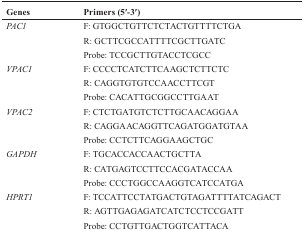
| Genes | Primers (5′-3′) |
 | --- | --- |
 | PAC1 | F: GTGGCTGTTCTCTACTGTTTTCTGA |
 |  | R: GCTTCGCCATTTTCGCTTGATC |
 |  | Probe: TCCGCTTGTACCTCGCC |
 | VPAC1 | F: CCCCTCATCTTCAAGCTCTTCTC |
 |  | R: CAGGTGTGTCCAACCTTCGT |
 |  | Probe: CACATTGCGGCCTTGAAT |
 | VPAC2 | F: CTCTGATGTCTCTTGCAACAGGAA |
 |  | R: CAGGAACAGGTTCAGATGGATGTAA |
 |  | Probe: CCTCTTCAGGAAGCTGC |
 | GAPDH | F: TGCACCACCAACTGCTTA |
 |  | R: CATGAGTCCTTCCACGATACCAA |
 |  | Probe: CCCTGGCCAAGGTCATCCATGA |
 | HPRT1 | F: TCCATTCCTATGACTGTAGATTTTATCAGACT |
 |  | R: AGTTGAGAGATCATCTCCTCCGATT |
 |  | Probe: CCTGTTGACTGGTCATTACA |